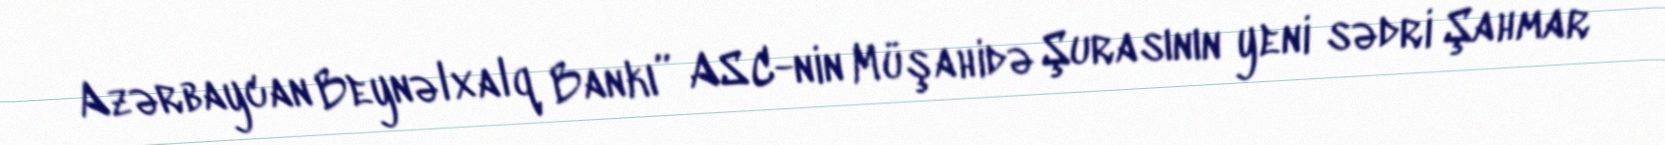
Azərbaycan Beynəlxalq Bankı” ASC-nin Müşahidə Şurasının yeni sədri Şahmar